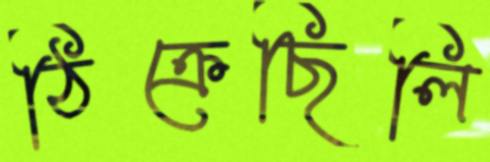
ঠিক্‌রেছিলি